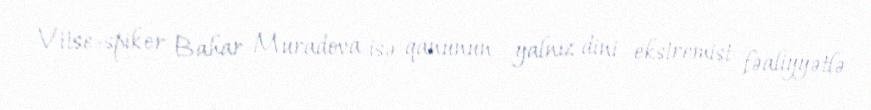
Vitse-spiker Bahar Muradova isə qanunun yalnız dini ekstremist fəaliyyətlə